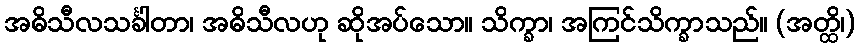
အဓိသီလသင်္ခါတာ၊ အဓိသီလဟု ဆိုအပ်သော။ သိက္ခာ၊ အကြင်သိက္ခာသည်။ (အတ္ထိ၊)